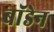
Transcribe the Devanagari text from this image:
बाॅडेन